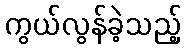
ကွယ်လွန်ခဲ့သည့်